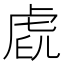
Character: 𧆧